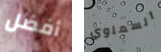
أفضل السماوي